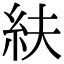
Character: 䊿